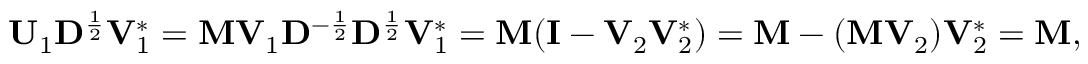
\mathbf { U } _ { 1 } \mathbf { D } ^ { \frac { 1 } { 2 } } \mathbf { V } _ { 1 } ^ { * } = \mathbf { M } \mathbf { V } _ { 1 } \mathbf { D } ^ { - { \frac { 1 } { 2 } } } \mathbf { D } ^ { \frac { 1 } { 2 } } \mathbf { V } _ { 1 } ^ { * } = \mathbf { M } ( \mathbf { I } - \mathbf { V } _ { 2 } \mathbf { V } _ { 2 } ^ { * } ) = \mathbf { M } - ( \mathbf { M } \mathbf { V } _ { 2 } ) \mathbf { V } _ { 2 } ^ { * } = \mathbf { M } ,